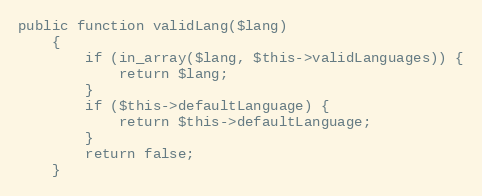
Language: PHP
public function validLang($lang)
    {
        if (in_array($lang, $this->validLanguages)) {
            return $lang;
        }
        if ($this->defaultLanguage) {
            return $this->defaultLanguage;
        }
        return false;
    }